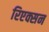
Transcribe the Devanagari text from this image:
रिएक्सन